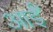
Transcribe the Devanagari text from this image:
आईँ